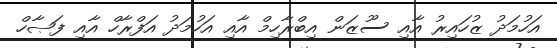
އަހުމަދު ޒުހައިރު އާއި ސޫޒަން އިބްރާހިމް އާއި އަހުމަދު އަފްރާހް އާއި ފަޞާހް